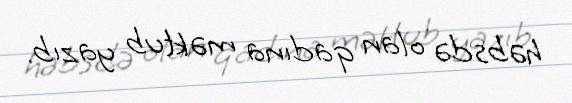
həbsdə olan qadına məktub yazıb.